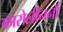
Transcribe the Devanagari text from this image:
कारोलीनर्ना